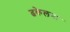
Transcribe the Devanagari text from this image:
ढकेलना